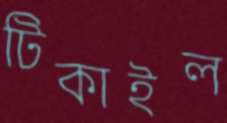
টিকাইল